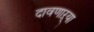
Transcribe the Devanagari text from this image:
दावणाऱ्या